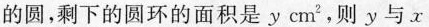
的圆，剩下的圆环的面积是y cm^{2}，则y与x